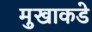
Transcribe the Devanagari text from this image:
मुखाकडे